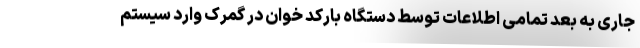
جاری به بعد تمامی اطلاعات توسط دستگاه بارکد خوان در گمرک وارد سیستم